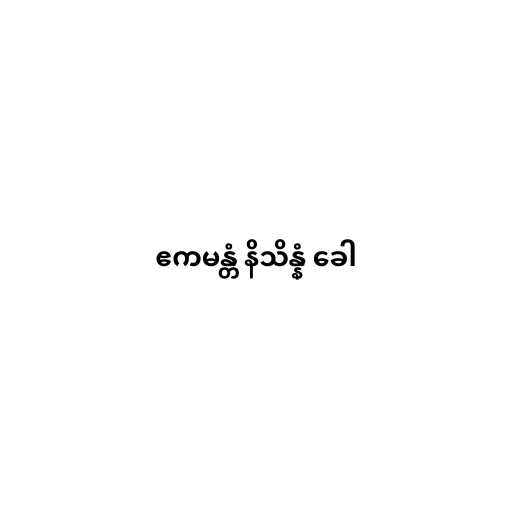
ဧကမန္တံ နိသိန္နံ ခေါ